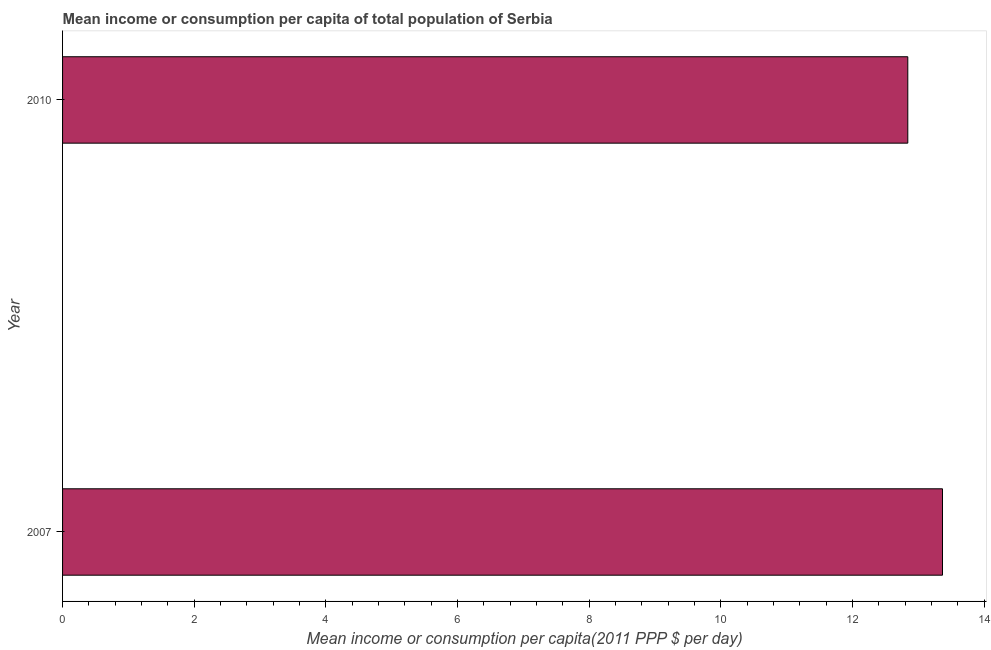
| Year | Total population |
 | --- | --- |
 | 2007 | 13.4 |
 | 2010 | 12.8 |